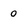
Character: 0